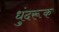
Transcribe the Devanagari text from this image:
धुंदरूक